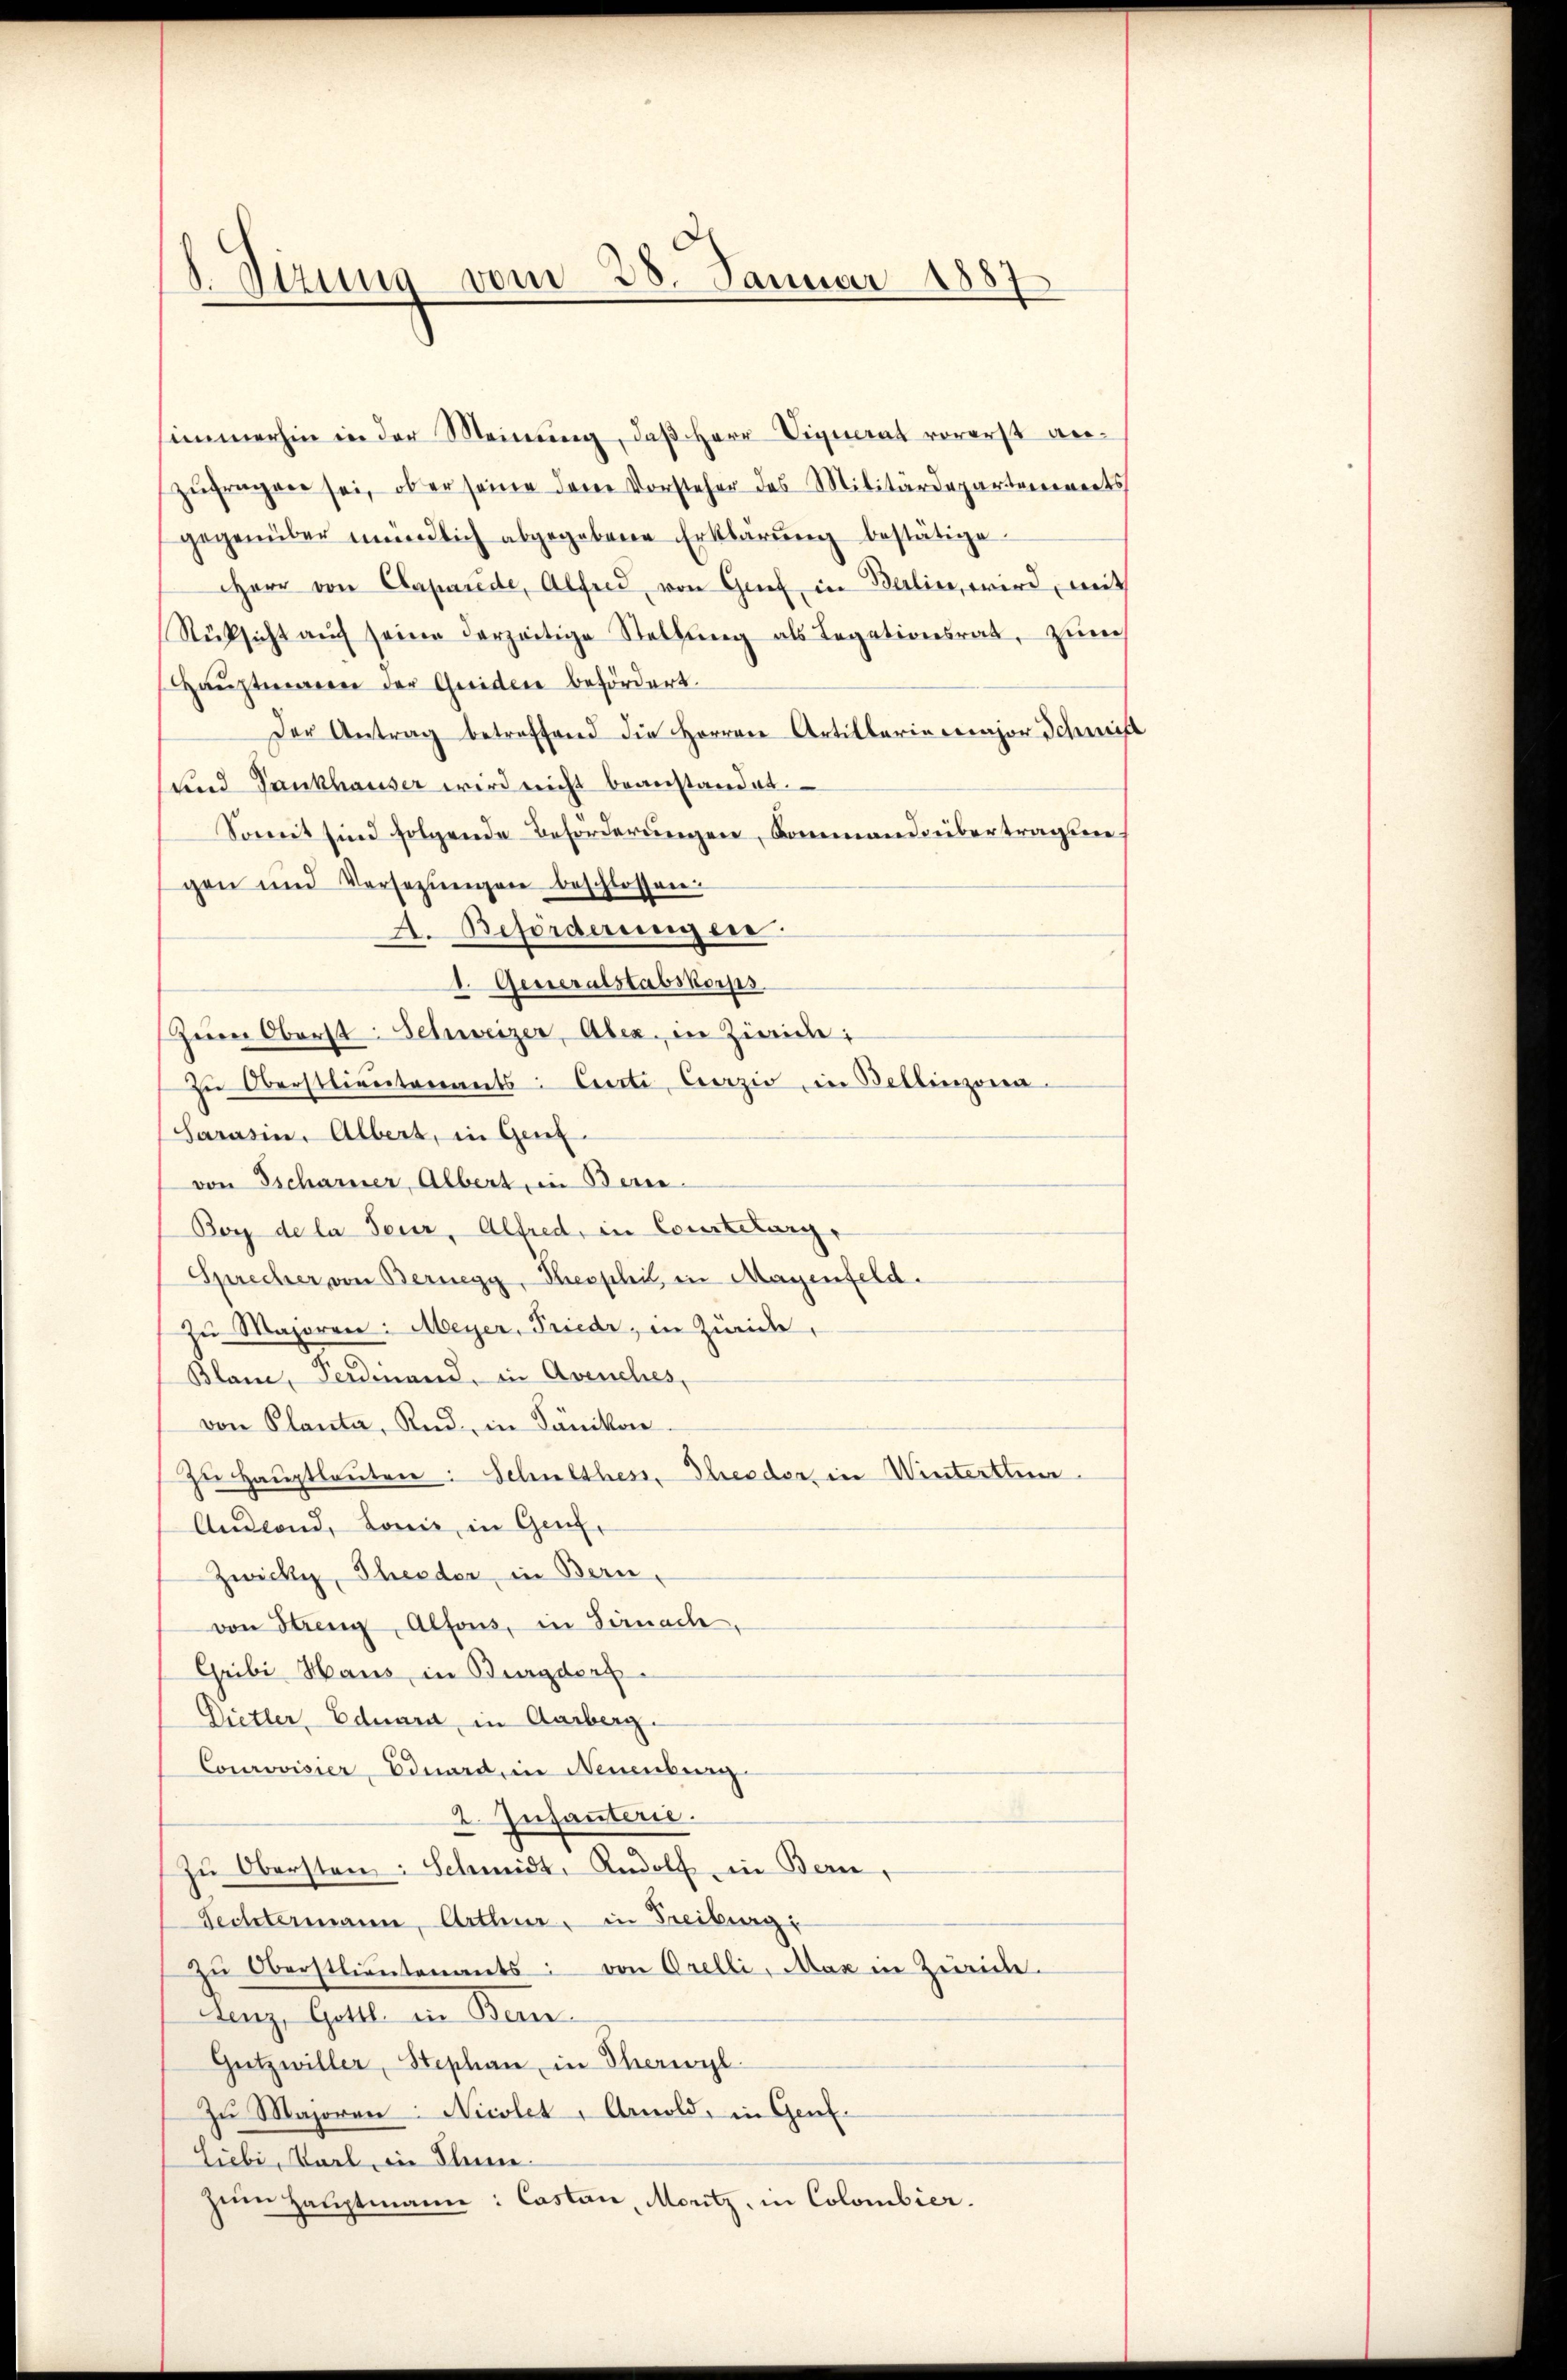
1. Sizung vom 28. Januar 1887

simmerhin in der Meinŭng, daβ Herr Vignerat vorerst ge-
zufragen sei, ob er seine dem Vorsteher des Militärdepartennerts
gegenüber mündlich abgegebene Erklärŭng bestätige.
Herr von Caparde, Alferd von Genf in Berlin, wird, mit
Rücksicht aŭch seine derzeitige Stellŭng als Legationsrat, zŭm
Haŭptmann der Greiden befördert.
Der Antrag betreffend die Herren Artillarie major Schemis
und Sankhauser wird nicht beanstandet.
Somit sind folgende Beförderŭngen, Kommandübertragsgegen und Versezungen beschlossen:
A. Beförderungen
1. Generalstabskorps
Zerer Oberst Schweizer, Aber in Zweide
zŭ Oberstlieutenants: Certi, Carzio, in Bellinzona
Sarasin, Albert, in Genz
von Tscharner Albert in Berne
Bor de la feur, Alfred, in Courtelung,
Sprecher von Bernegg, Theophil, in Magenfeld.
Zŭ Majoren: Meyer, Friede, in Zürice,
Blanc, Ferdinand, in Avenches,
von Planta, Rud, in Dänikon
zŭ Haŭptleŭten: Schulthess, Theeder, in Winterthin
Andland, Lonie, in Genf,
Zwicke, Theodor, in Bern,
von Streng, Alfons, in Sirnach.
Gribi Haus in Burgdorf.
Dietler, Eduard in Aarberg.
Courovisier, Eduard, in Neuenburg
2. Infanterie.
zŭ Obersten: Schmidt, Rudolf in Bern,
Fechtermann, Arthur, in Freiburg:
zŭ Oberstlieutenants von Orelli, Max in Zwicke.
Lenz, Gottl. in Bern.
Gützwiller, Stephan in Therwyl
Zu Majoren: Nicolet, Arnold, in Genf.
Liebe, Karl in Kleine
zem Hauptmann: Castan Moritz, in Colombier.